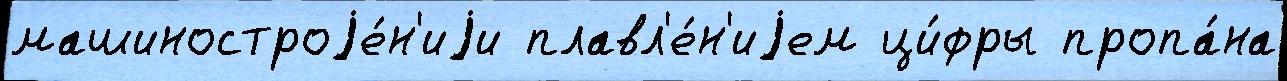
машиностроjе́н'иjи плавл'е́н'иjем ци́фры пропа́на